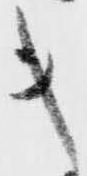
キ